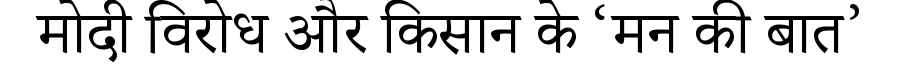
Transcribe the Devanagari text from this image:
मोदी विरोध और किसान के ‘मन की बात’